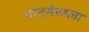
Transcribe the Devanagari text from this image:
पादमेखला